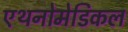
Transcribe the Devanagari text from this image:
एथनोमेडिकल